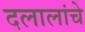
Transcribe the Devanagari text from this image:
दलालांचे